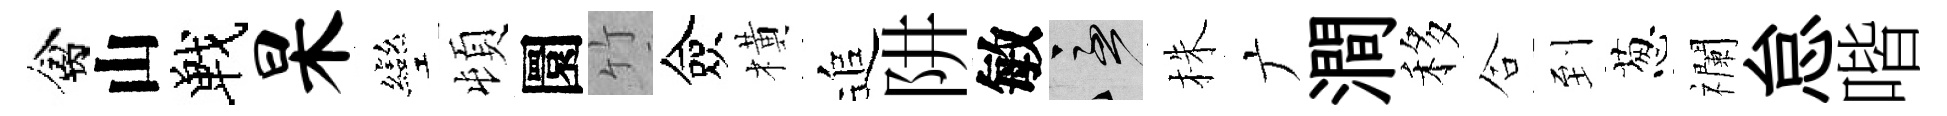
禽山戰杲彎頓圜竹僉橫追阱敏急株广澗移合到葱襴怠喈